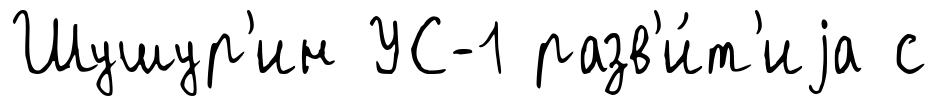
Шушур'ин УС-1 разв'и́т'иjа с